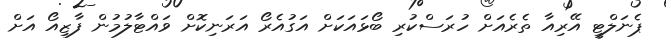
ޕެނަލްޓީ އޭރިއާ ތެރެއަށް ހުރަސްކުރި ބޯޅައަކަށް އަގުއެރޯ އަރަނިކޮށް ވައްޓާލުމުން ފާޒިއޯ އަށް